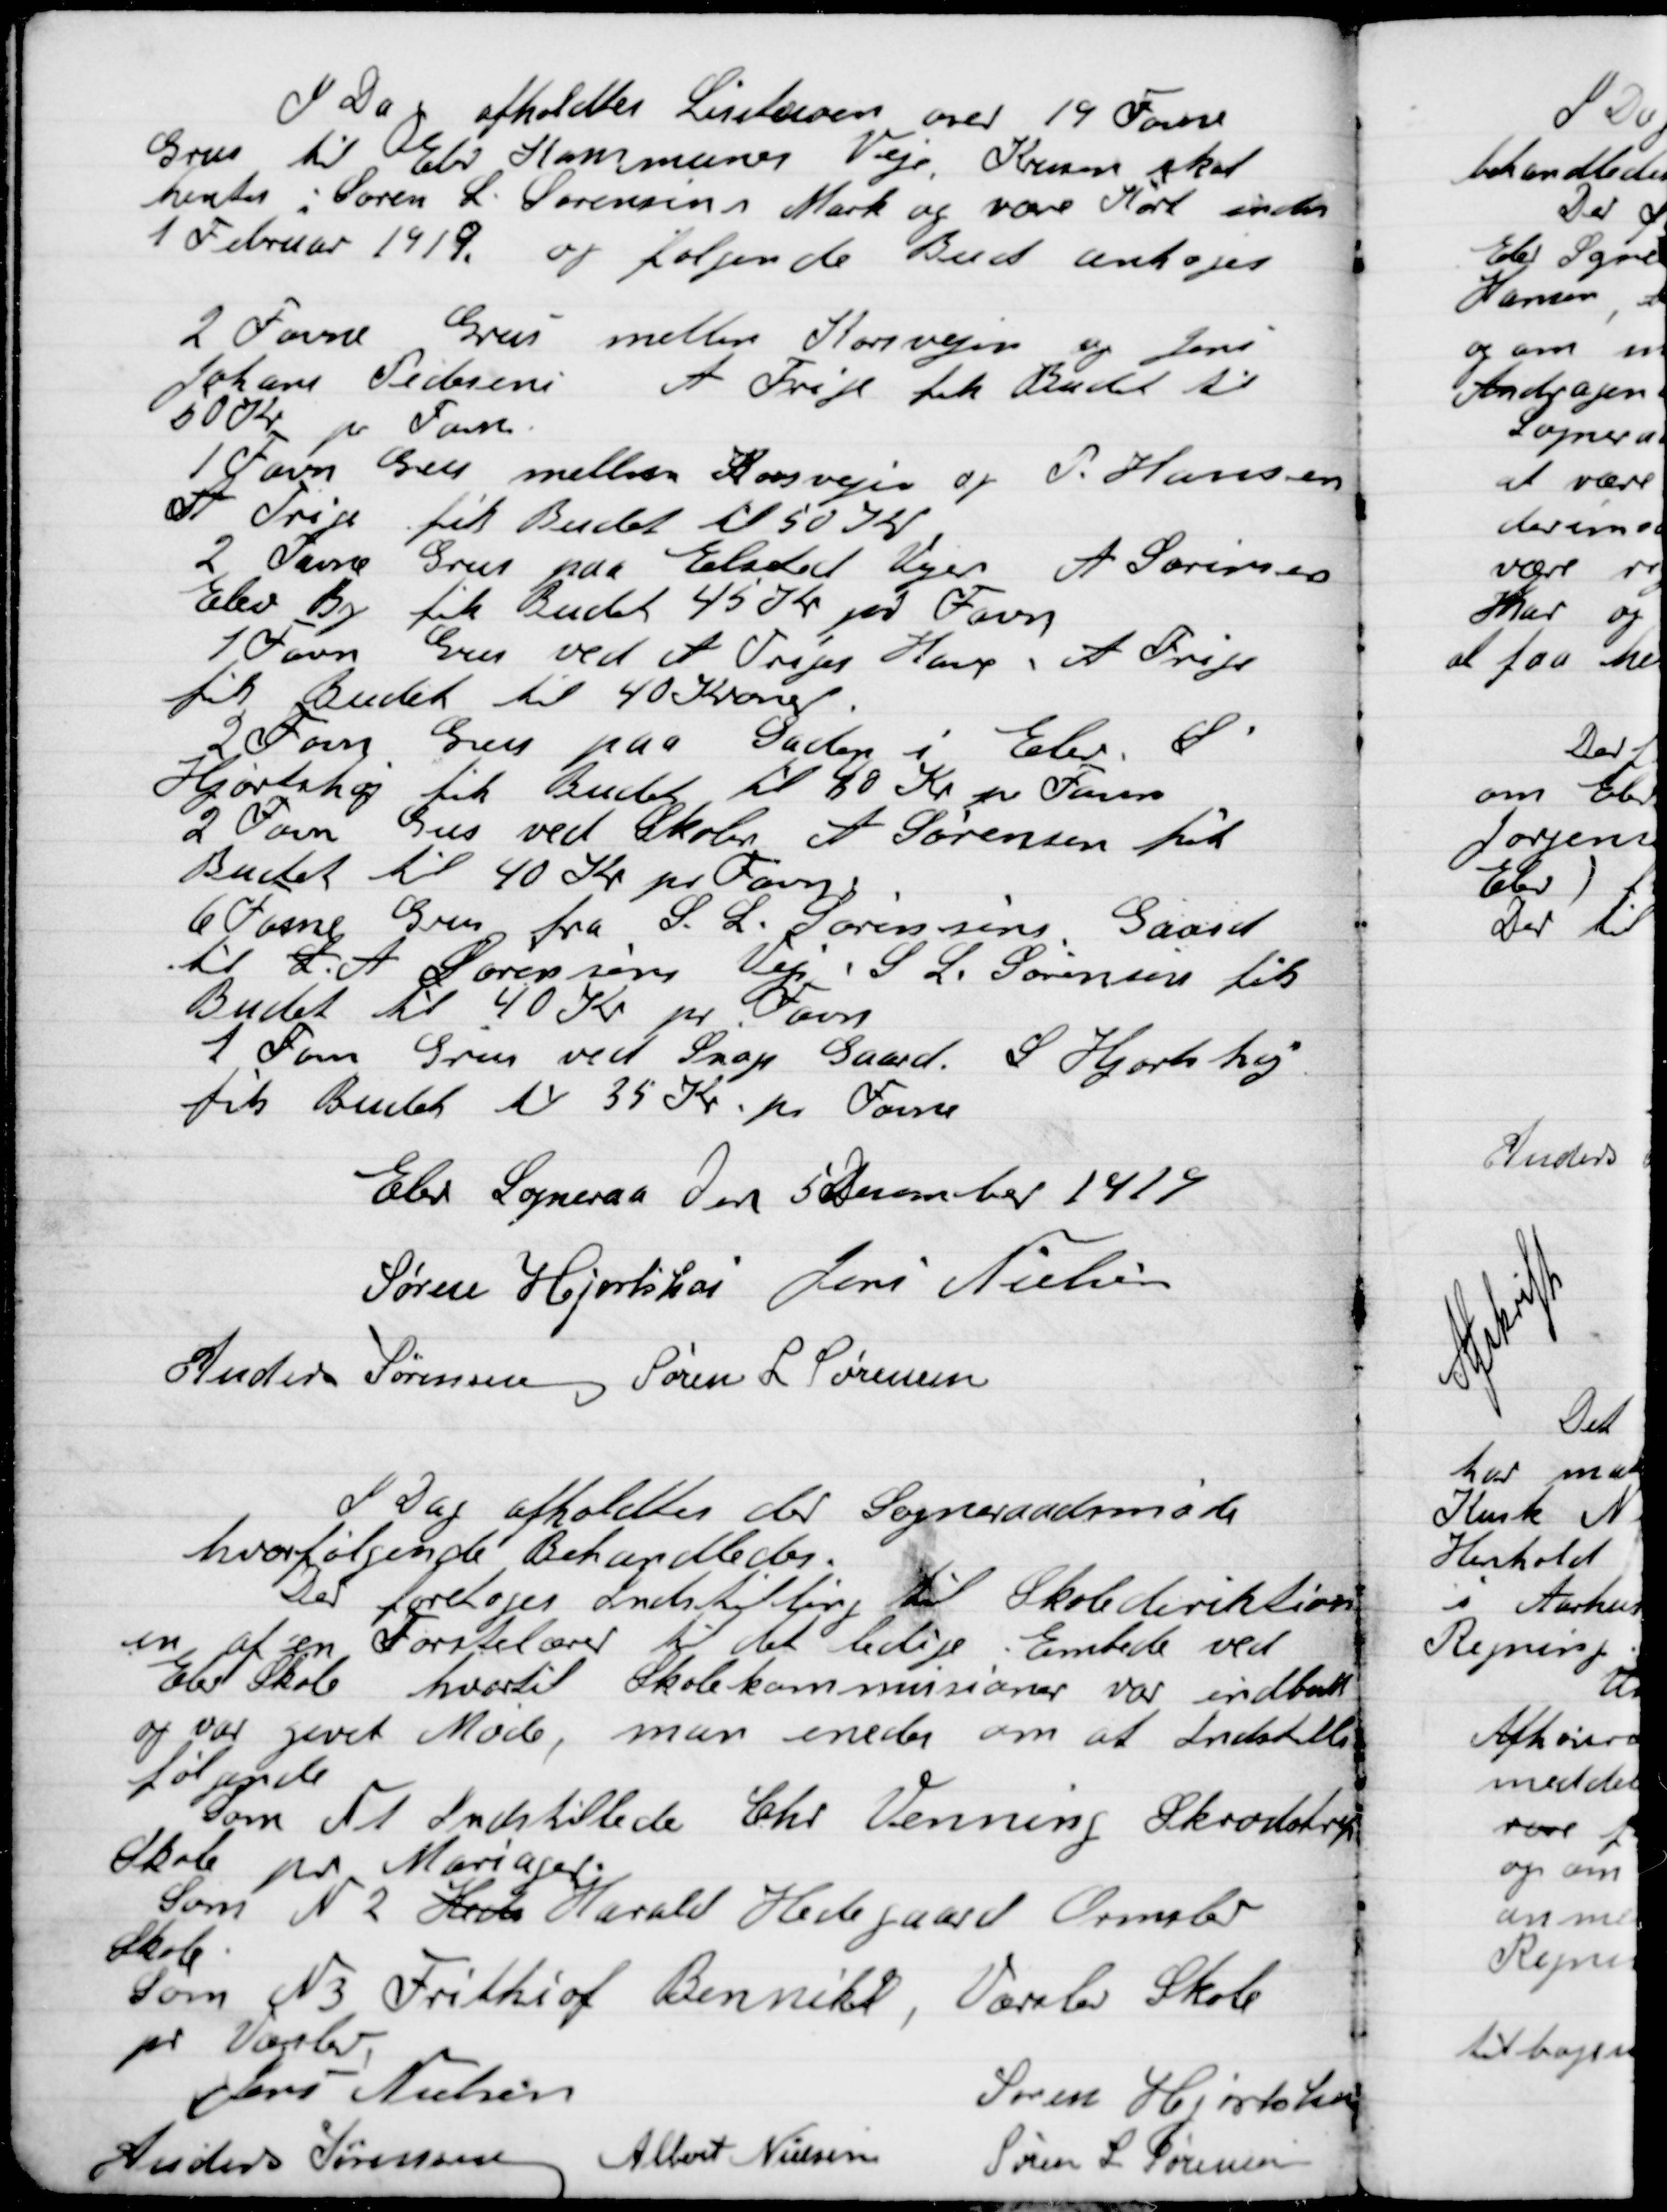
Transskription:
I dag afholdt Licitation over 19 Favne
Grus til Elev Kommunes Veje. Krusen skal
hentes i Søren L. Sørensens Mark og være Kørt inden
1 Februar 1919 og følgende Bud antoges:

2 Favne Grus mellem Korsvejen og Jens
Johanes Pedersen A Trige fik Budet til
50 Kr. pr. Favne.
1 Favne Grus mellem Korsvejen og P. Hansen
A Trige fik Budet til 50 Kr.
2 Favne Grus paa Elsted Vejen A. Sørensen
Elev By fik Budet til 45 Kr. pr. Favne.
1 Favne Grus ved A. Triges Have A Trige
fik Budet til 40 Kroner
2 Favne Grus paa Gaaden i Elev S.
Hjortshøj fik Budet til 40 Kr. pr. Favne.
 2 Favne Grus ved Skolen A. Sørensen  fik
Budet til 40 Kr. pr. Favne.
6 Favne Grus fra S.L. Sørensens Gaard
til A. Sørensens Vej. S.L. Sørensen fik
Budet til 40 Kr. pr. Favne.
1 Favne Grus ved Snap Gaard S. Hjortshøj
fik Budet til 35 Kr. pr. Favne.

Elev Sogneraad Den 5 December 1919

Søren Hjortshøi
Jens Nielsen,
Anders Sørensen
Søren L. Sørensen

I Dag afholdtes der  Sogneraads møde
hvor følgende Behandledes

Der forelaa Indstilling til Skoledirektion-
en af en Førstelærer til det ledige Embede ved
Elev Skole hvortil Skolekommissionen var indbudt
og var givet Møde, man enedes om at Indstille
følgende:
Som Nr. 1. Indstillede Chr. Venning Skødstrup
Skole pr. Mariager
Som Nr. 2. Heds Harald Hedegaard Omslev
Skole.
Som Nr. 3. Frithiof Bennike Værslev Skole
pr. Værlev

Jens Nielsen
Søren Hjortshøj
Anders Sørensen
Albert Nielsen
Søren L. Sørensen